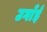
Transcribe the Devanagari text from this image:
उगाँईं